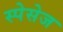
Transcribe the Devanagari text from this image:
स्पेसेज